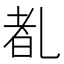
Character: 𪜕